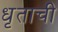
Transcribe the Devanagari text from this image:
धृताची